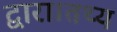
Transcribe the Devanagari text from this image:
द्वारा।तथ्य